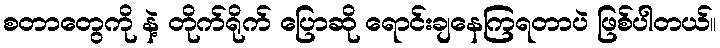
စတာတွေကို နဲ့ တိုက်ရိုက် ပြောဆို ရောင်းချနေကြရတာပဲ ဖြစ်ပါတယ်။